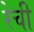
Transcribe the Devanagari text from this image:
रेची